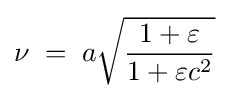
\nu \;=\;a{\sqrt {\frac {1+\varepsilon }{1+\varepsilon c^{2}}}}